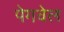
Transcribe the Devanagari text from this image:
पेगवेल